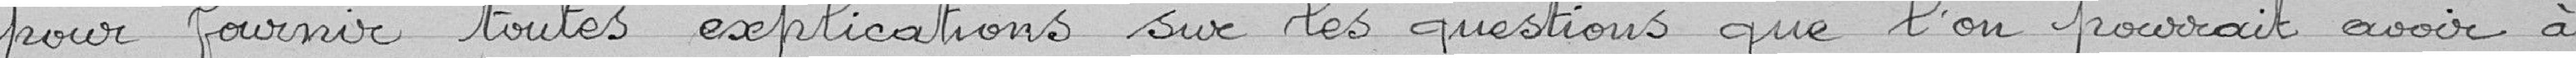
pour fournir toutes les explications sur les questions que l'on pourrait avoir à